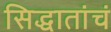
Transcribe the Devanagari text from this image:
सिद्धातांचं